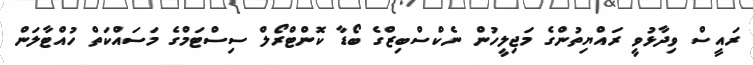
ރައީސް ވިދާޅުވީ ރައްޔިތުންގެ މަޖިލީހުން ނެކްސްބިޒްގެ ބޯޑާ ކޮންޓްރޯލް ސިސްޓަމްގެ މަސައްކަތް ހުއްޓާލަން